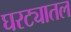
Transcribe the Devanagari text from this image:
घरट्यातल